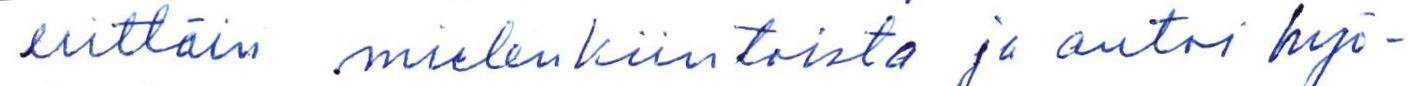
erittäin mielenkiintoista ja antoi hyö-